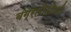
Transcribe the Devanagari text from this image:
बग्रतीओनी